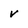
Character: v